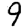
Digit: 9